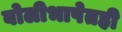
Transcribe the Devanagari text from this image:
बोलीभाषेतही